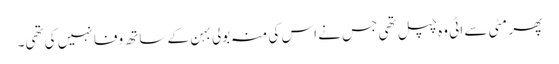
پھر مٹی سے اٹی وہ چپل تھی جس نے اس کی منہ بولی بہن کے ساتھ وفا نہیں کی تھی۔